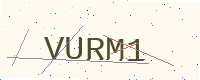
Text: VURM1